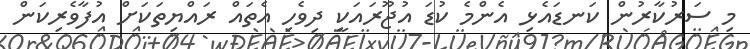
މި ސަރުކާރުން ކަނޑައެޅި އެންމެ ކުޑަ އުޖޫރައަކީ ދިވެހި އެތައް ރައްޔިތަކަށް އުފާވެރިކަން